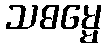
သဓမ္မေ